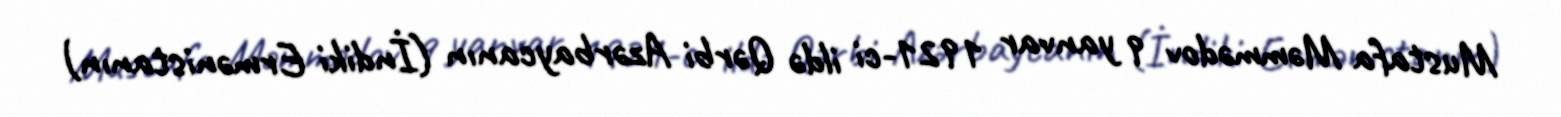
Mustafa Məmmədov 9 yanvar 1921-ci ildə Qərbi Azərbaycanın (İndiki Ermənistanın)